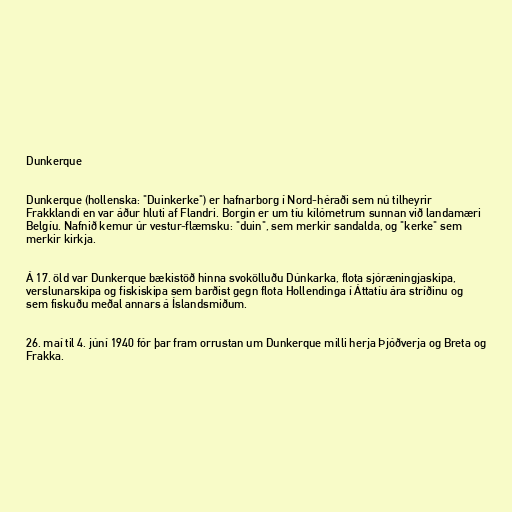
Dunkerque

Dunkerque (hollenska: "Duinkerke") er hafnarborg í Nord-héraði sem nú tilheyrir
Frakklandi en var áður hluti af Flandri. Borgin er um tíu kílómetrum sunnan við landamæri
Belgíu. Nafnið kemur úr vestur-flæmsku: "duin", sem merkir sandalda, og "kerke" sem
merkir kirkja.

Á 17. öld var Dunkerque bækistöð hinna svokölluðu Dúnkarka, flota sjóræningjaskipa,
verslunarskipa og fiskiskipa sem barðist gegn flota Hollendinga í Áttatíu ára stríðinu og
sem fiskuðu meðal annars á Íslandsmiðum.

26. maí til 4. júní 1940 fór þar fram orrustan um Dunkerque milli herja Þjóðverja og Breta og
Frakka.